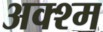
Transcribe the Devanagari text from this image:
अक्श्म